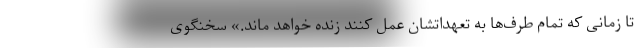
تا زمانی که تمام طرف‌ها به تعهداتشان عمل کنند زنده خواهد ماند.» سخنگوی